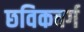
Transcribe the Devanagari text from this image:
छविकवर्ग